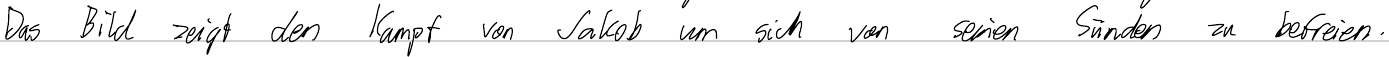
Das Bild zeigt den Kampf von Jakob um sich von seinen Sünden zu befreien.